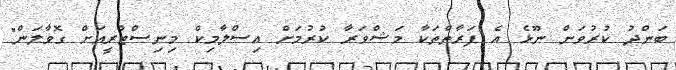
ބަންދު ކުރުވަން ނޫޅެ އެ ފަރާތްތަކާ މަޝްވަރާ ކުރުމަށް އިސްލާމިކް މިނިސްޓްރީއަށް ގޮވާލަން"